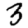
Digit: 3